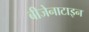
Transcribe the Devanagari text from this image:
बीजेनाटाइन